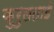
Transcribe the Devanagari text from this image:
कुरुलताई